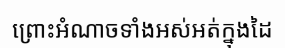
ព្រោះអំណាចទាំងអស់អត់ក្នុងដៃ